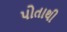
પોતાથી